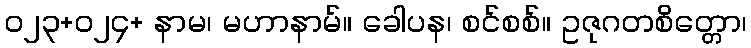
ဝ၂၃+၀၂၄+ နာမ၊ မဟာနာမ်။ ခေါပန၊ စင်စစ်။ ဥဇုဂတစိတ္တော၊